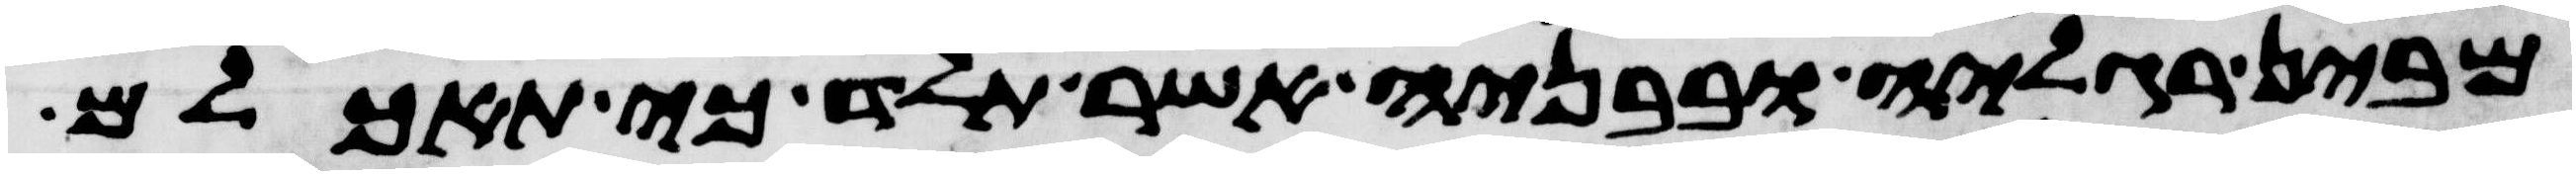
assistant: מבין רגליה ובבניה אשר תלד כי תאכלם